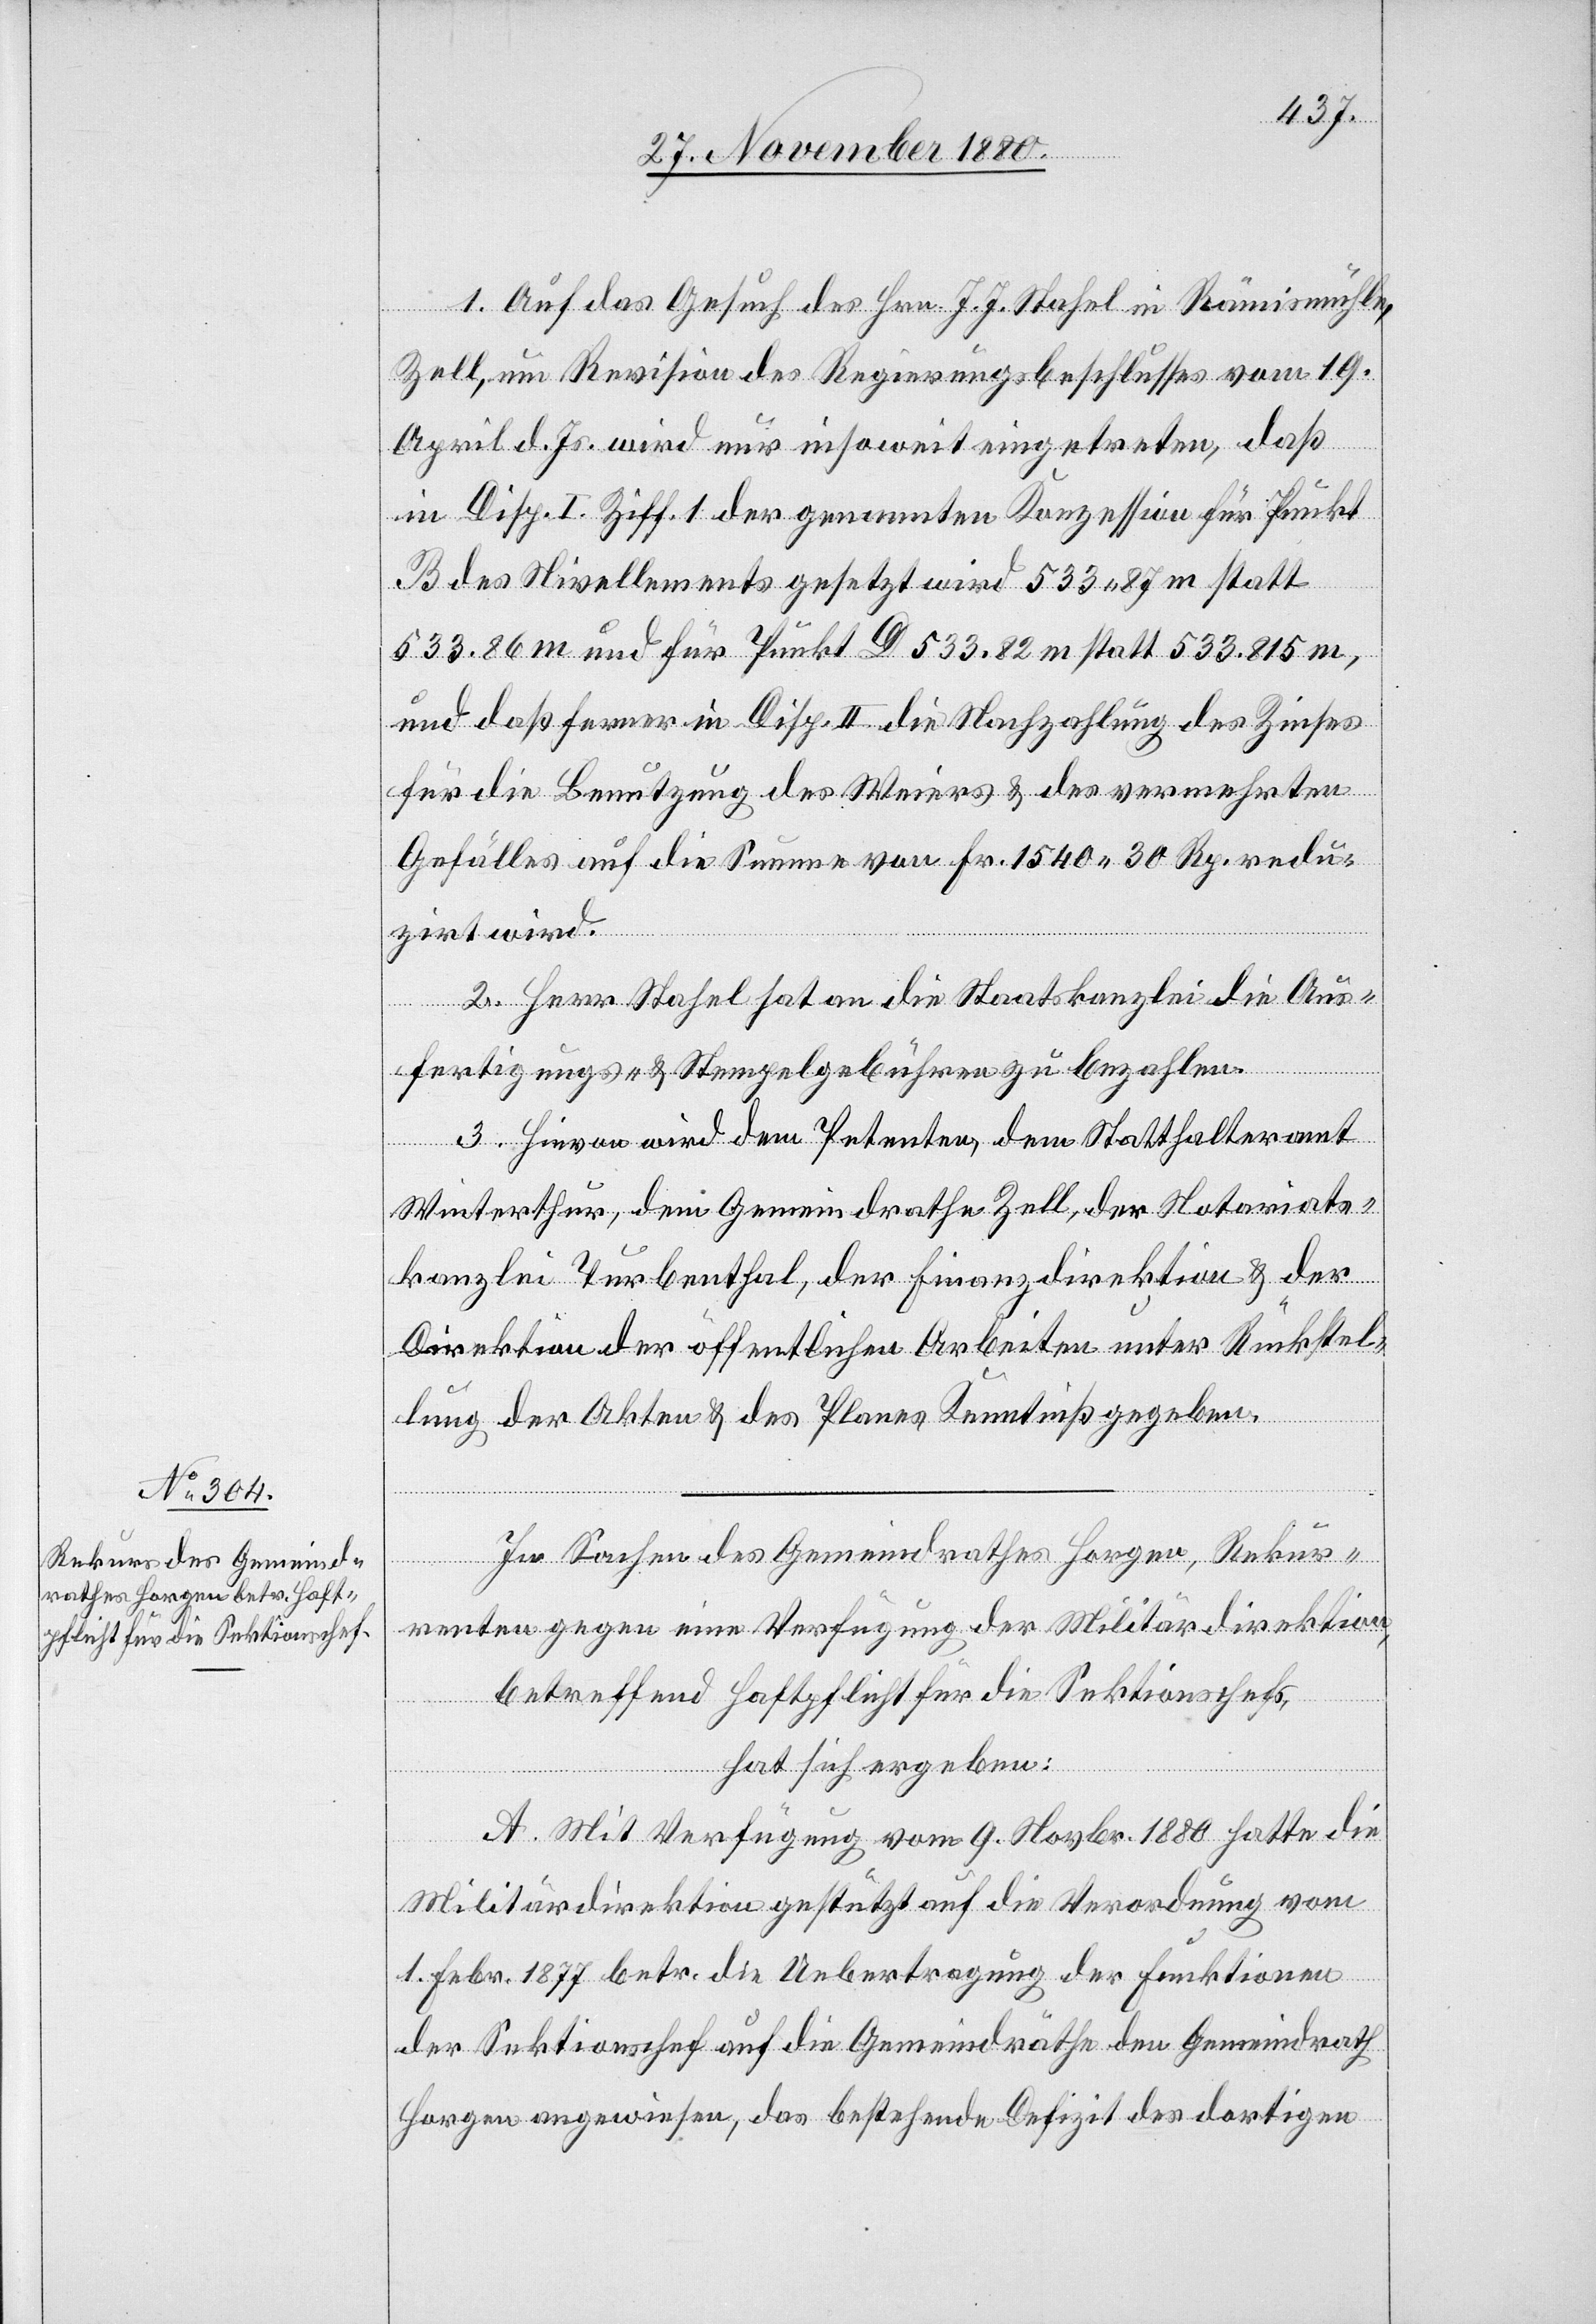
1. Auf das Gesuch des Hrn. J. J. Stahel in Rämismühle
Zell, um Revision des Regierungsbeschlusses vom 19.
April d. Js. wird nur insoweit eingetreten, daß
in Disp. I. Ziff. 1 der genannten Konzession für Punkt
B des Nivellements gesetzt wird 533 87 m statt
533.86 m und für Punkt D 533.82 m statt 533.815 m,
und daß ferner in Disp. II die Nachzahlung des Zinses
für die Benutzung des Weiers & des vermehrten
Gefälles auf die Summe von Fr. 1540 30 Rp. redu¬
zirt wird.
2. Herr Stahel hat an die Staatskanzlei die Aus¬
fertigungs- & Stempelgebühren zu bezahlen.
3. Hievon wird dem Petenten, dem Statthalteramt
Winterthur, dem Gemeindrathe Zell, der Notariats¬
kanzlei Turbenthal, der Finanzdirektion & der
Direktion der öffentlichen Arbeiten unter Rückstel¬
lung der Akten & des Planes Kenntniß gegeben.
In Sachen des Gemeindrathes Horgen, Rekur¬
renten gegen eine Verfügung der Militärdirektion,
betreffend Haftpflicht für die Sektionschefs,
hat sich ergeben:
A. Mit Verfügung vom 9. Novbr. 1880 hatte die
Militärdirektion gestützt auf die Verordnung vom
1. Febr. 1877 betr. die Uebertragung der Funktionen
der Sektionschef auf die Gemeindräthe den Gemeindrath
Horgen angewiesen, das bestehende Defizit des dortigen